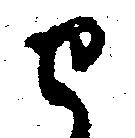
せ